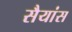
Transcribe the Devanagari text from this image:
सैयांस